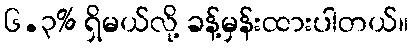
၆.၃% ရှိမယ်လို့ ခန့်မှန်းထားပါတယ်။